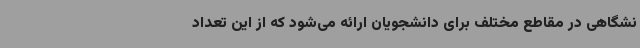
نشگاهی در مقاطع مختلف برای دانشجویان ارائه می‌شود که از این تعداد